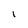
Character: I